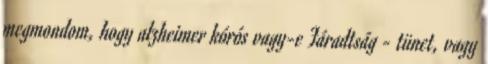
megmondom, hogy alzheimer kórós vagy-e Fáradtság - tünet, vagy